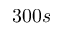
3 0 0 s